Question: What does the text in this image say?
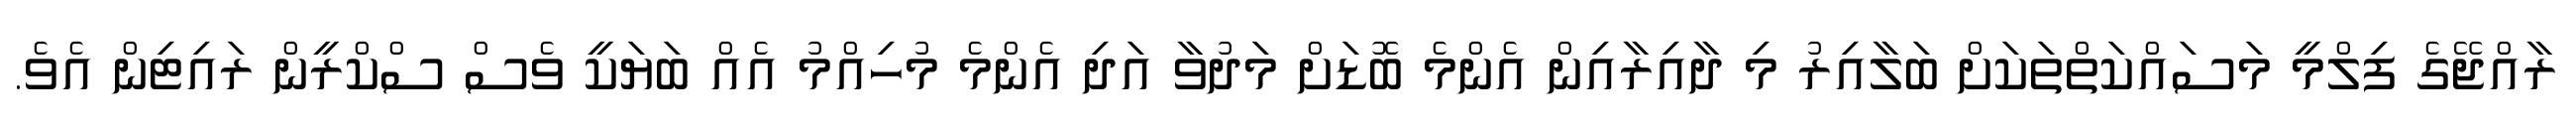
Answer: ރާއްޖޭގެ ފިލްމީ މަސައްކަތްތަކަށް ބަލާއިރު މި ދާއިރާއިން އެންމެ ބޮޑަށް މަދުވާ އަދި އެންމެ މުހިއްމު އެއް ބަޔަކީ ވެސް ސްކްރީން ރައިޓިން އެވެ.